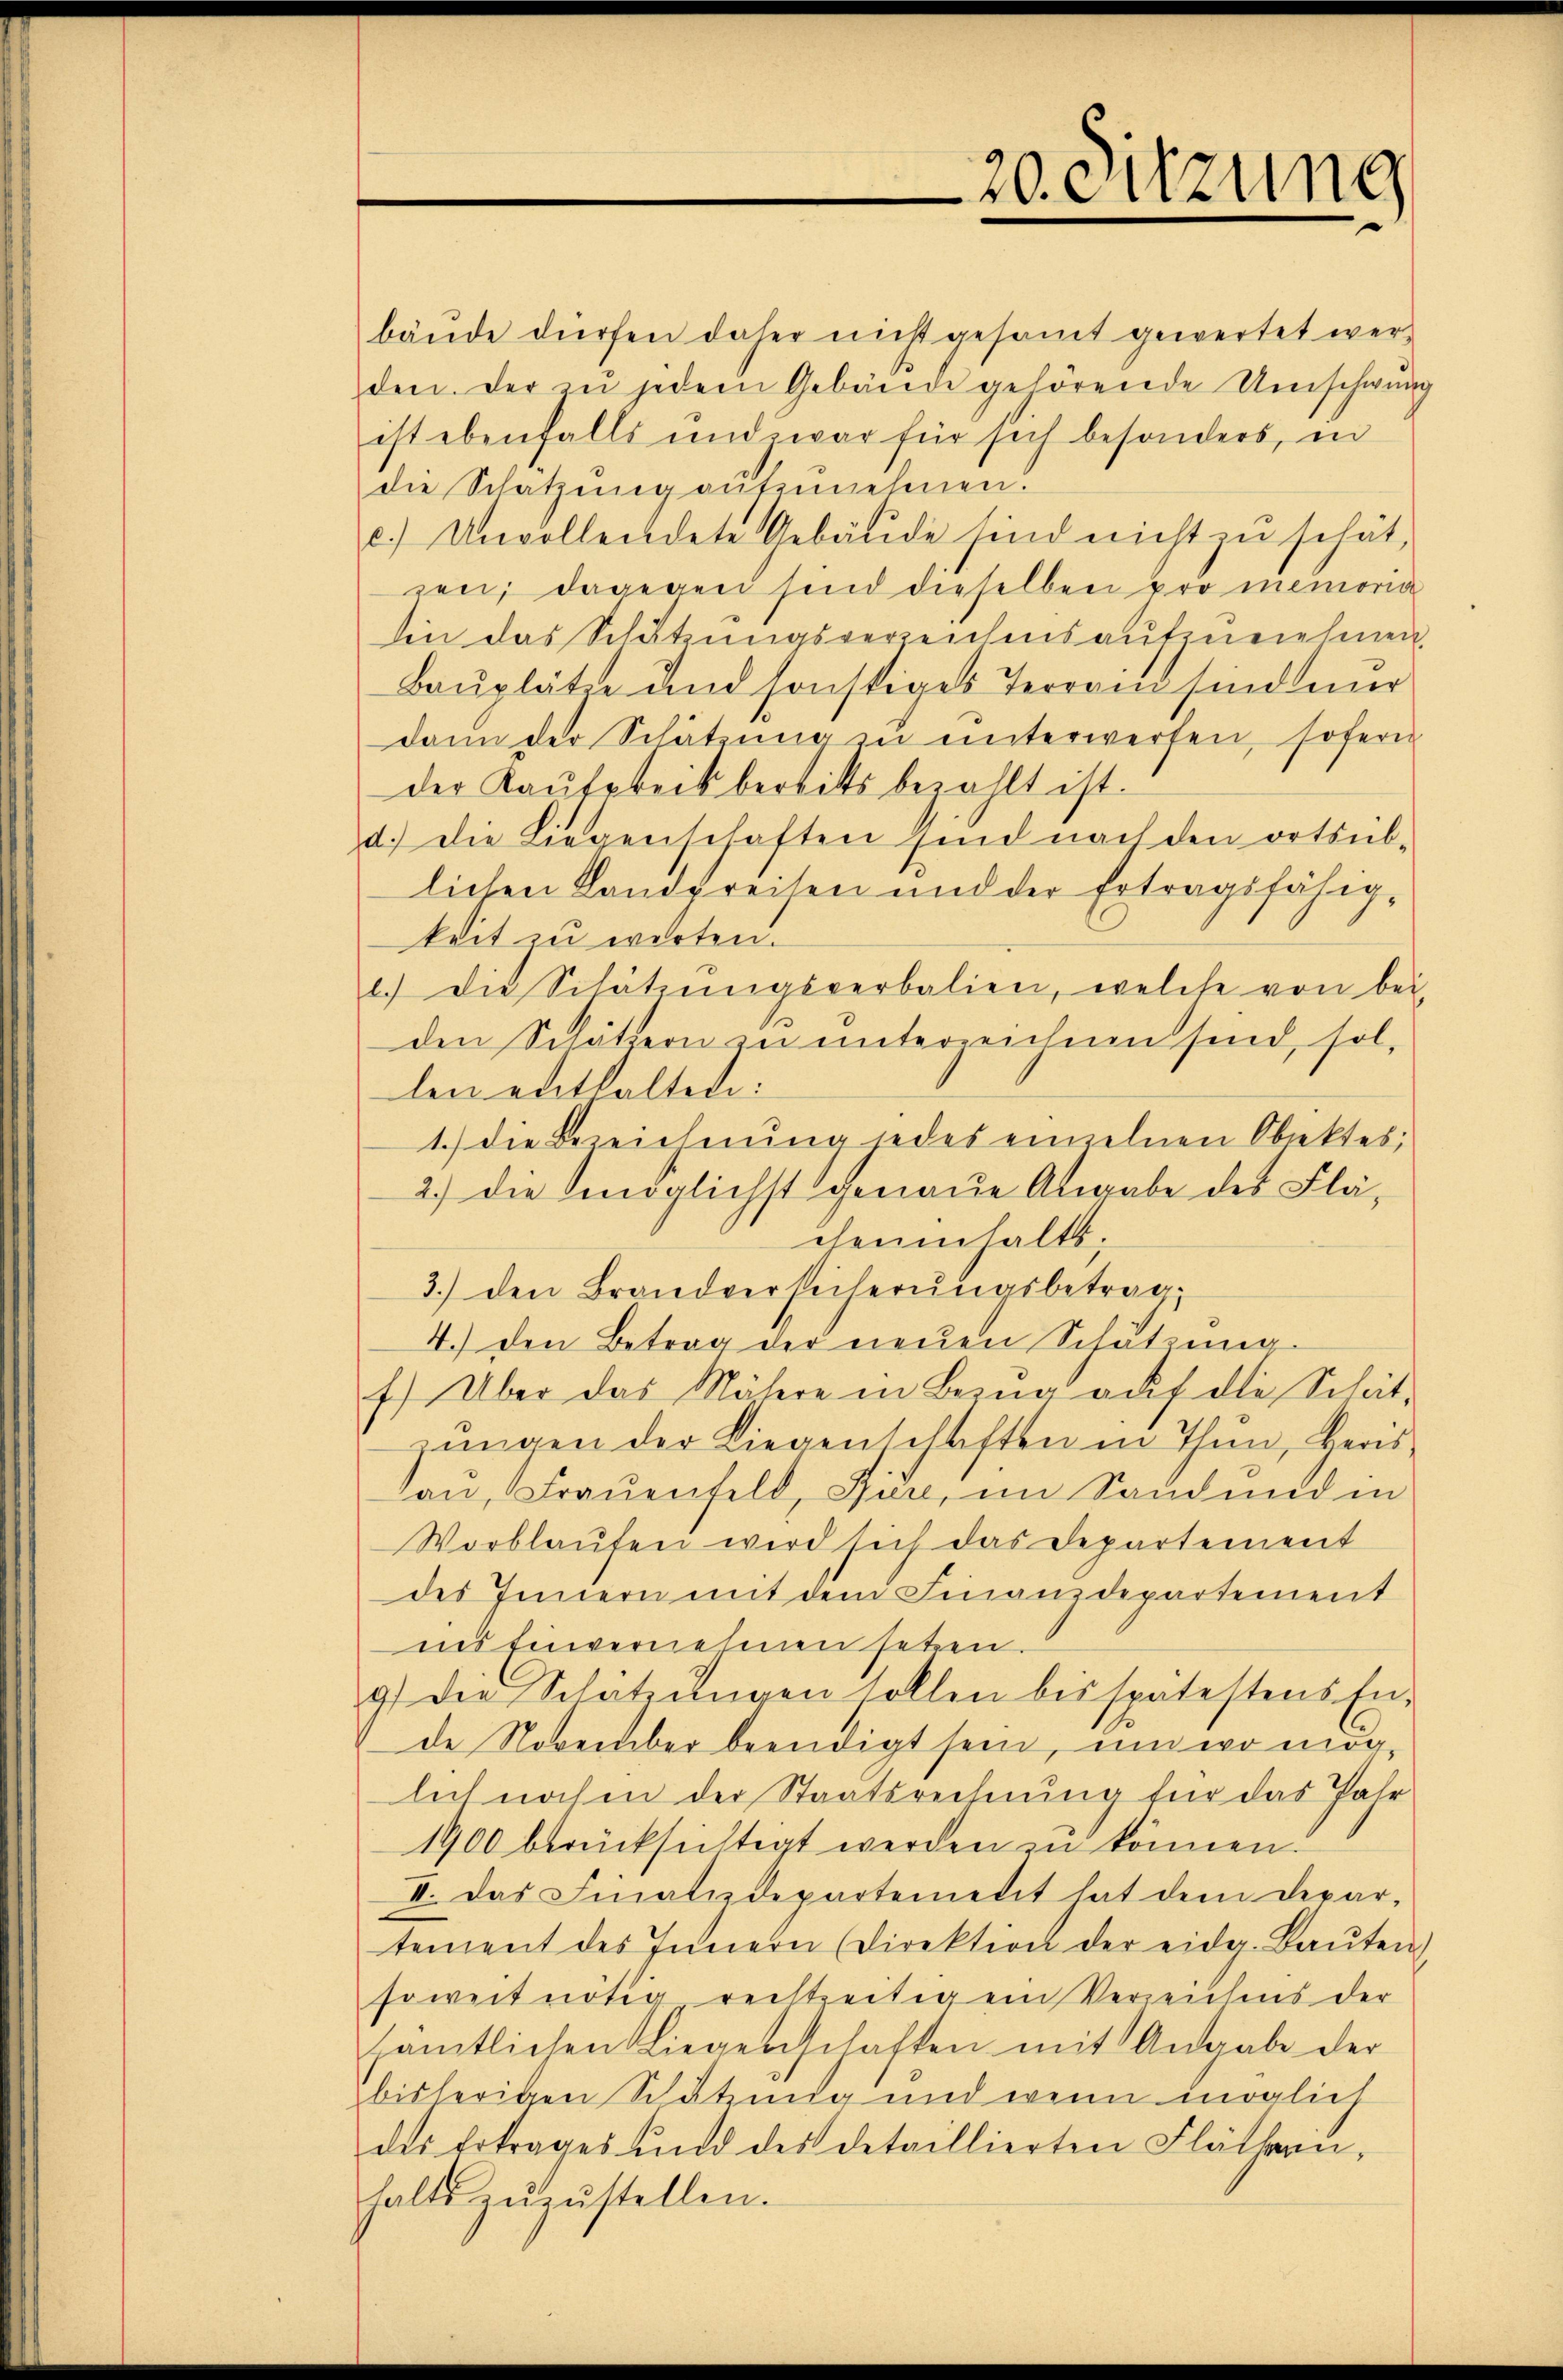
bäude dürfen daher nicht gesamt gewertet werd
den. Der zu jedem Gebäude gehörende Umschwung
ist ebenfalls und zwar für sich besonders, in
die Schatzŭng aŭfzŭnehmen.
c.) Unvollendete Gebäŭde sind nicht zu schät,
zen; dagegen sind dieselben pro memoria
hin das Schätzungsverzeichensaufzunehmen,
Bauplätze und sonstiges Terrain sind einer
dann der Schätzŭng zŭ ŭnterwerfen, sofern
der Kaufpreis bereits bezahlt ist.
d.) Die Liegenschaften sind nach den ortsub-
lichen Landpreisen und der Ertragsfähigkeit zu warten.
.) die Schätzungsverbalien, welche von bei
den Schätzern zu unterreichnen sind, sol-
len enthalten:
1.) Die Bezeichnung jedes einzelnen Obktes,
2.) die möglichst genaue Abgabe des Flächeninhalts;
3.) den Brandversicherungsbetrag.
4.) Den Betrag der neuen Schätzungf) Über das Nähere in Bezug auf die Schätŭngen der Liegenschaften in Thun, Herisan, Frauenfeld, Sure, im Sandend in
Vorblaufen wird sich das Departement
des Innern mit dem Finanzdepartement
ins Einvernehmen setzen.
9) Die Schätzŭngen sollen bis spätestens En-
de November beendigt sein, und wo möglich nochen der Staatsrechnung für das Jahr
1900 berücksichtigt werden zu können.
II. Das Finatidepartement hat dem Depar-
tement des Innern (Direktion der eidg. Baŭten
soweit nötig rechtzeitigem Verzeichnis der
sämtlichen Liegenschaften mit Angabe der
bisherigen Schätzung und wenn möglich
des Ertrages und des detaillierten Flätterin-
haltszŭzŭstellen.

20. Sitzung